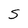
Character: S